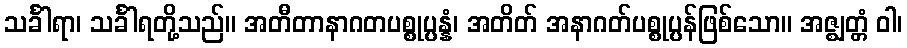
သင်္ခါရာ၊ သင်္ခါရတို့သည်။ အတီတာနာဂတပစ္စုပ္ပန္နံ၊ အတိတ် အနာဂတ်ပစ္စုပ္ပန်ဖြစ်သော။ အဇ္ဈတ္တံ ဝါ၊